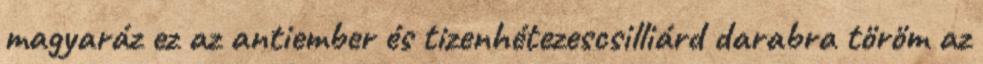
magyaráz ez az antiember és tizenhétezescsilliárd darabra töröm az